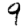
Digit: 9